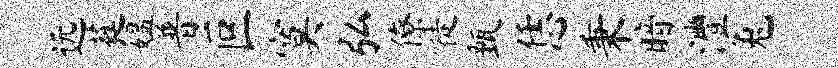
远蕤媪普叵寞弘僚徒甄恁秉暗澧兔